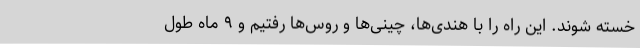
خسته شوند. این راه را با هندی‌ها، چینی‌ها و روس‌ها رفتیم و ۹ ماه طول